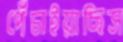
পেঁচাইয়াছিস